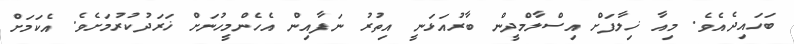
ބަހައިދެއެވެ. މިއާ ޚިލާފަށް އިސްލާމްދީން ބާރުއަޅަނީ އިތުރު ނަފާއިން އެހެންމީހުނަށް ޚަރަދުކުރުމަށެވެ. އެކަމަށް